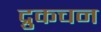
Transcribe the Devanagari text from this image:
द्रुकचन